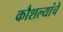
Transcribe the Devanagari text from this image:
कौशल्यांचे